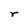
Character: r